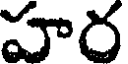
హర